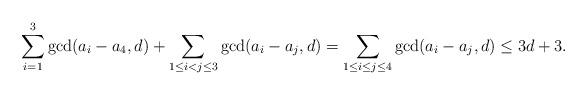
LaTeX: \begin{align*} \sum^3_{i=1}\gcd(a_i-a_4,d)+\sum_{1\leq i<j\leq 3}\gcd(a_i-a_j,d)=\sum^{}_{1\leq i\leq j\leq 4}\gcd(a_i-a_j,d)\leq 3d+3.\end{align*}